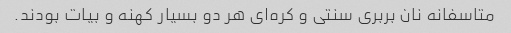
متاسفانه نان بربری سنتی و کره‌ای هر دو بسیار کهنه و بیات بودند.